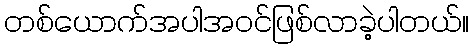
တစ်ယောက်အပါအဝင်ဖြစ်လာခဲ့ပါတယ်။